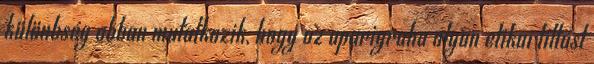
különbség abban mutatkozik, hogy az aparigraha olyan etikai tiltást